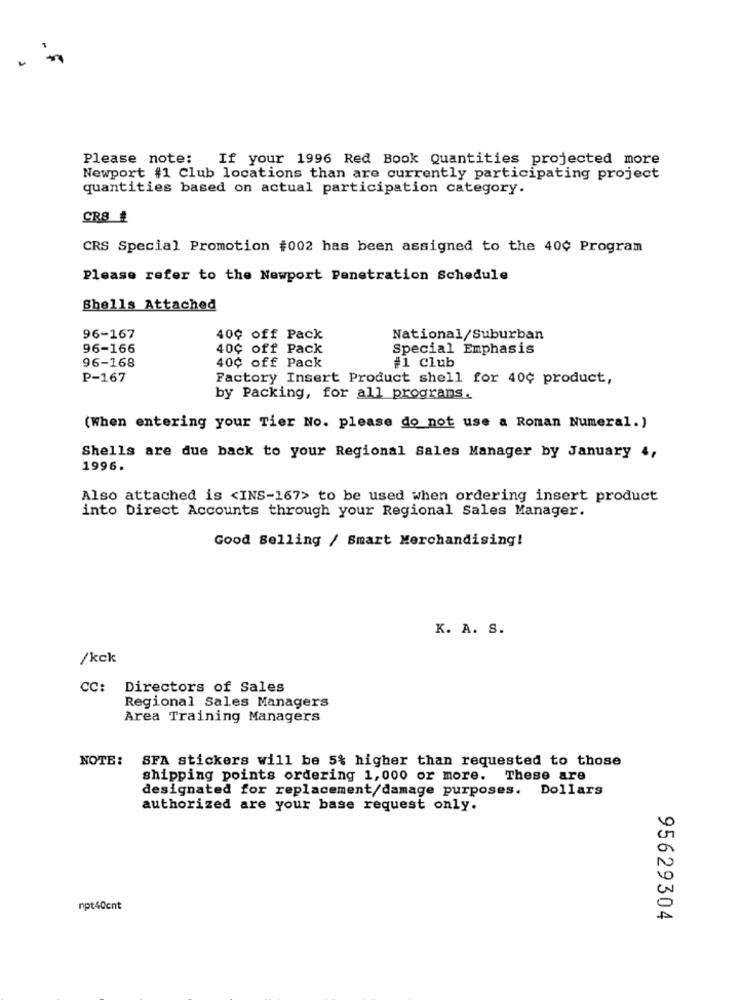
Please note: If your 1996 Red Book Quantities projected more
Newport #1 Club locations than are currently participating project
quantities based on actual participation category.
CR8 ₺
CRS Special Promotion #002 has been assigned to the 40¢ Program
Please refer to the Newport Penetration Schedule
Shells Attached
96-167
40¢ off Pack
National/Suburban
96-166
40¢ off Pack
Special Emphasis
96-168
40¢ off Pack
#1 club
P-167
Factory Insert Product shell for 40¢ product,
by Packing, for all programs.
(When entering your Tier No. please do not use a Roman Numeral.)
Shells are due back to your Regional Sales Manager by January 4,
1996.
Also attached is <INS-167> to be used when ordering insert product
into Direct Accounts through your Regional Sales Manager.
Good Selling / Smart Merchandising!
K. A. S.
/kck
CC: Directors of Sales
Regional Sales Managers
Area Training Managers
SFA stickers will be 5% higher than requested to those
NOTE:
shipping points ordering 1, 000 or more.
These are
designated for replacement/damage purposes. Dollars
authorized are your base request only.
npt40cnt
95629304